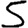
Digit: 5